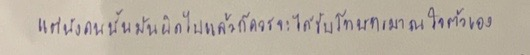
แต่นังคนนั้นมันผิดไปแล้วก็ควรจะได้รับโทษทรมานใจตัวเอง